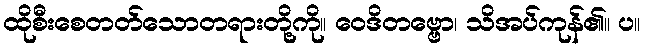
ထိုစီးစေတတ်သောတရားတို့ကို။ ဝေဒိတဗ္ဗော၊ သိအပ်ကုန်၏။ ပ။